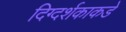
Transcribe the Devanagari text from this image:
दिग्दर्शकाकडे